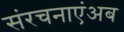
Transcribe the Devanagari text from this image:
संरचनाएंअब